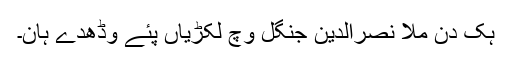
ہک دن مُلا نصرالدین جنگل وچ لکڑیاں پئے وڈھدے ہان۔